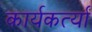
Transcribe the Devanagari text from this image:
कार्यकर्त्यां